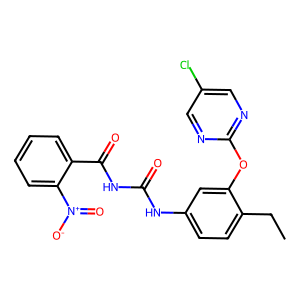
SMILES: CCc1ccc(NC(=O)NC(=O)c2ccccc2[N+](=O)[O-])cc1Oc1ncc(Cl)cn1
Inhibits HIV replication: No